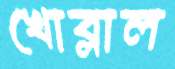
খোব্‌লাল